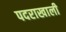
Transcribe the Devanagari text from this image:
पदराखाली